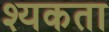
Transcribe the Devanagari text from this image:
श्यकता